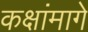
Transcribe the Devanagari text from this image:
कक्षांमागे